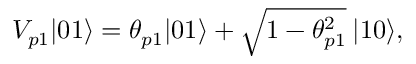
\begin{array} { r } { V _ { p 1 } | { 0 1 } \rangle = \theta _ { p 1 } | { 0 1 } \rangle + \sqrt { 1 - \theta _ { p 1 } ^ { 2 } } \: | { 1 0 } \rangle , } \end{array}